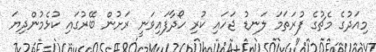
މިއަދުގެ މެޗުގެ ފުރަތަމަ ލަނޑު ޖަހައި ކުރި ހޯދާފައިވަނީ ރަށުން ބޭރުގައި ކުޅެމުންދިޔަ